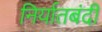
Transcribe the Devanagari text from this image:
निर्यातबंदी